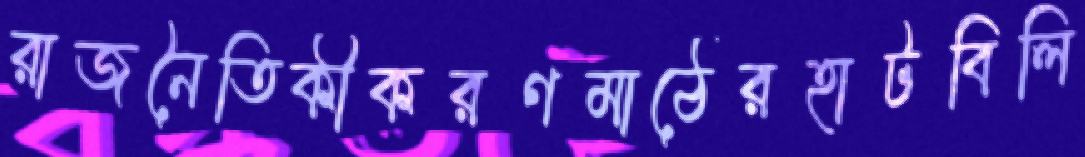
রাজনৈতিকীকরণমাঠেরহাটবিলি